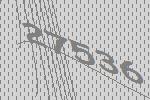
27536